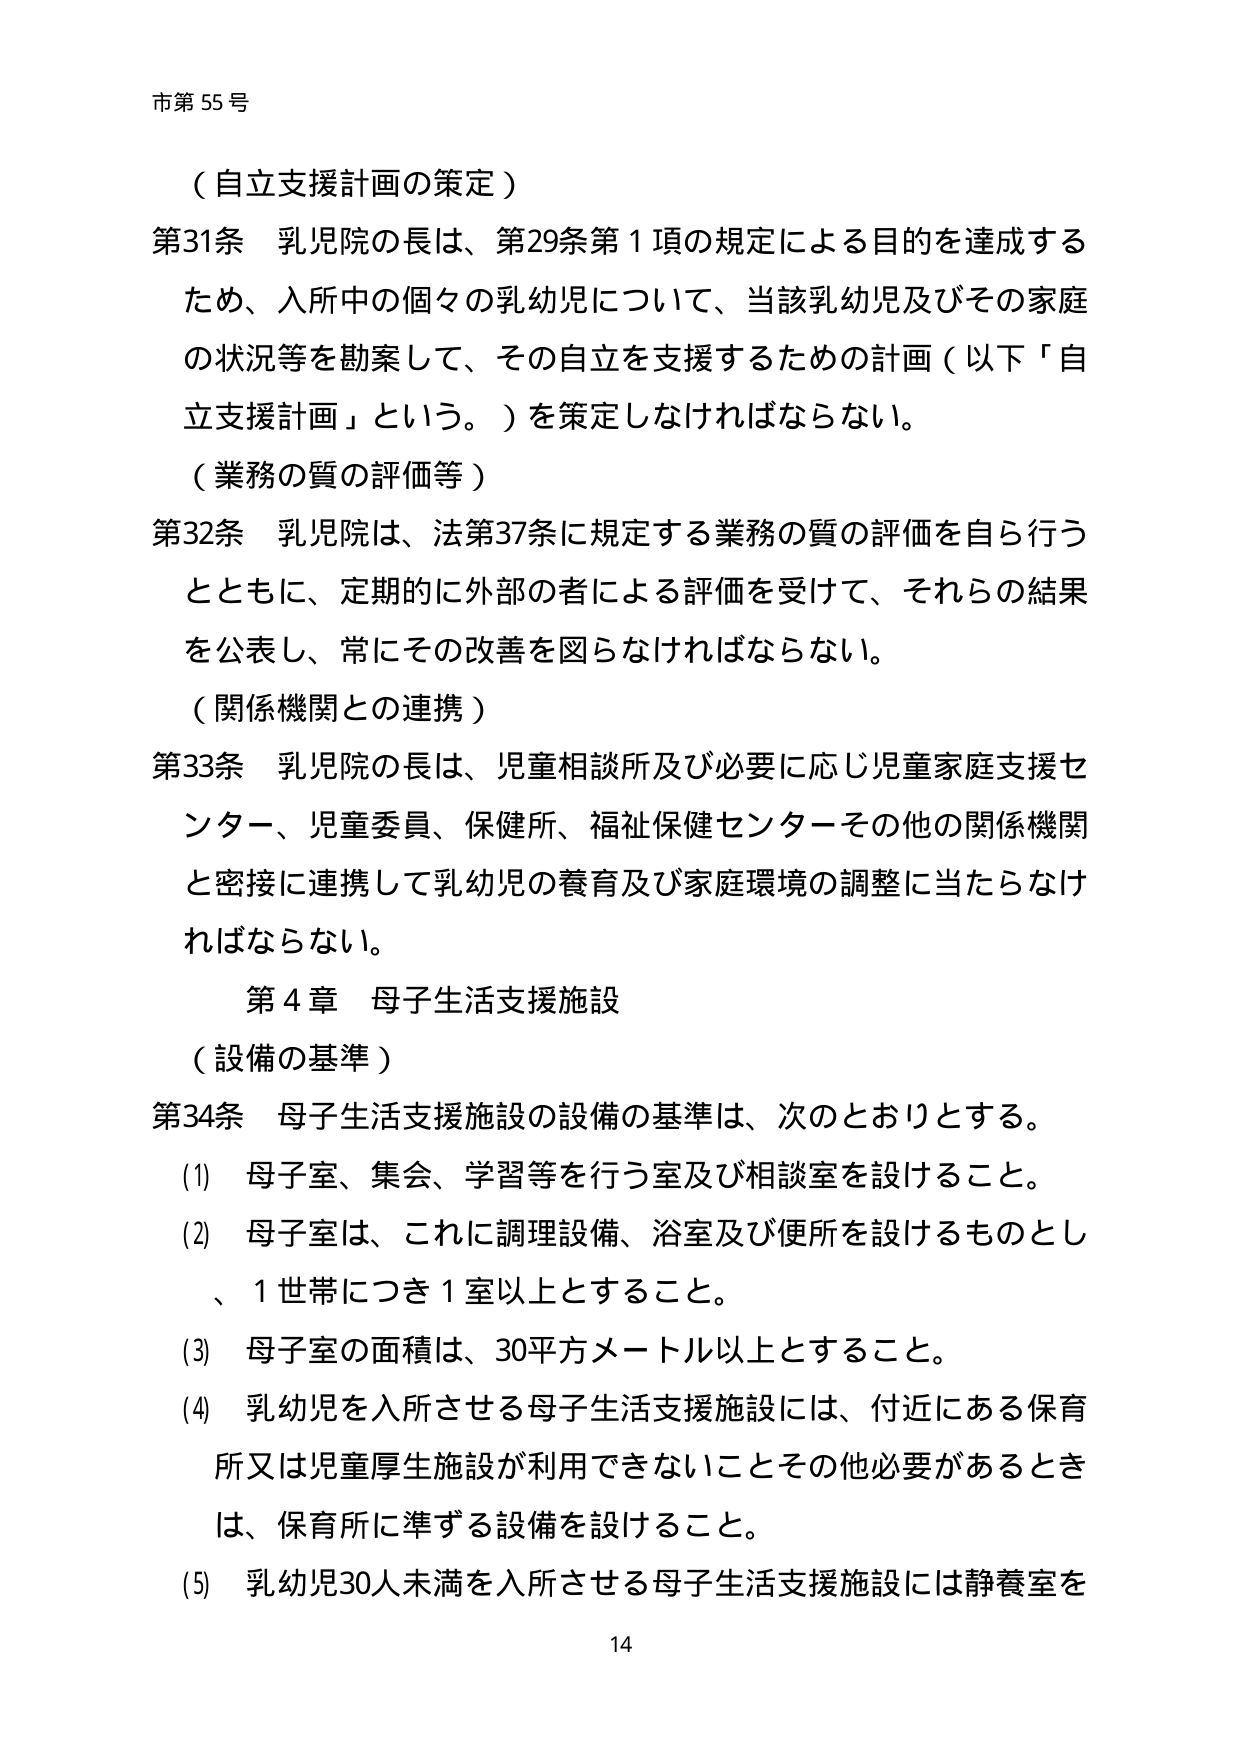
市第55号

（自立支援計画の策定）
第31条 乳児院の長は、第29条第1項の規定による目的を達成するため、入所中の個々の乳幼児について、当該乳幼児及びその家庭の状況等を勘案して、その自立を支援するための計画（以下「自立支援計画」という。）を策定しなければならない。

（業務の質の評価等）
第32条 乳児院は、法第37条に規定する業務の質の評価を自ら行うとともに、定期的に外部の者による評価を受けて、それらの結果を公表し、常にその改善を図らなければならない。

（関係機関との連携）
第33条 乳児院の長は、児童相談所及び必要に応じ児童家庭支援センター、児童委員、保健所、福祉保健センターその他の関係機関と密接に連携して乳幼児の養育及び家庭環境の調整に当たらなければならない。

第4章 母子生活支援施設

（設備の基準）
第34条 母子生活支援施設の設備の基準は、次のとおりとする。
(1) 母子室、集会、学習等を行う室及び相談室を設けること。
(2) 母子室は、これに調理設備、浴室及び便所を設けるものとし、1世帯につき1室以上とすること。
(3) 母子室の面積は、30平方メートル以上とすること。
(4) 乳幼児を入所させる母子生活支援施設には、付近にある保育所又は児童厚生施設が利用できないことその他必要があるときは、保育所に準ずる設備を設けること。
(5) 乳幼児30人未満を入所させる母子生活支援施設には静養室を

14